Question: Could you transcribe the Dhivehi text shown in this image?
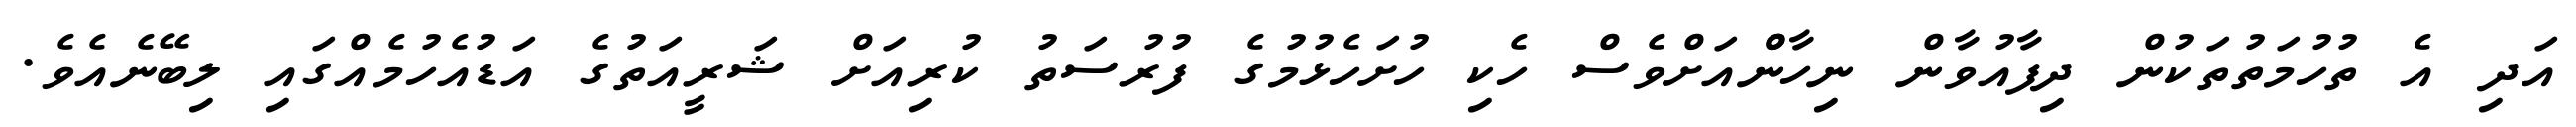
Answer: އަދި އެ ތުހުމަތުތަކުން ދިފާއުވާން ނިހާންްއަށްވެސް ހެކި ހުށަހެޅުމުގެ ފުރުސަތު ކުރިއަށް ޝަރީއަތުގެ އަޑުއެހުމެއްގައި ލިބޭނެއެވެ.